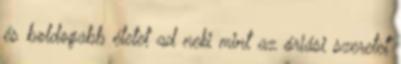
és boldogabb életet ad neki mint az óriási szeretet